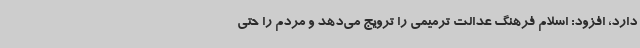
دارد، افزود: اسلام فرهنگ عدالت ترمیمی را ترویج می‌دهد و مردم را حتی